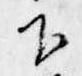
下